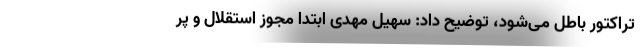
تراکتور باطل می‌شود، توضیح داد: سهیل مهدی ابتدا مجوز استقلال و پر